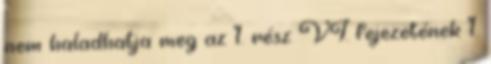
nem haladhatja meg az 1. rész VI. fejezetének 1.